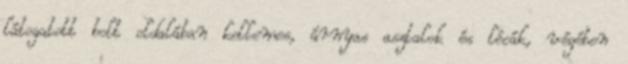
látogatott bolt oldalában kellemes, árnyas asztalok és lócák, végében